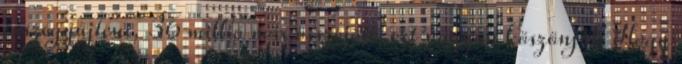
összegyűjteni, 36 millió már összejött, ezt nagyon köszönjük Hogy